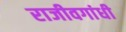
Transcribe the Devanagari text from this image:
राजीवगांधी